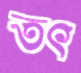
তৎ